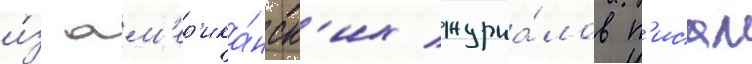
и́з ам'ер'ика́нск'их журна́лов п'исал